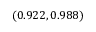
( 0 . 9 2 2 , 0 . 9 8 8 )